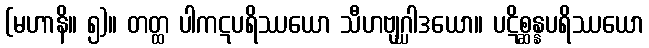
(မဟာနိ။ ၅)။ တတ္ထ ပါကဋပရိဿယော သီဟဗျဂ္ဃါဒယော။ ပဋိစ္ဆန္နပရိဿယော